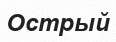
Острый